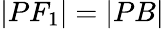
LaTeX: |PF_{1}|=|PB|